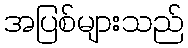
အပြစ်များသည်